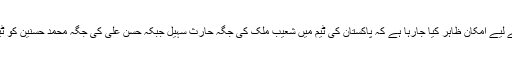
ورلڈکپ کے اس اہم میچ کے لیے امکان ظاہر کیا جارہا ہے کہ پاکستان کی ٹیم میں شعیب ملک کی جگہ حارث سہیل جبکہ حسن علی کی جگہ محمد حسنین کو ٹیم میں شامل کیا جاسکتا ہے۔